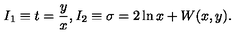
I _ { 1 } \equiv t = { \frac { y } { x } } , I _ { 2 } \equiv \sigma = 2 \ln x + W ( x , y ) .